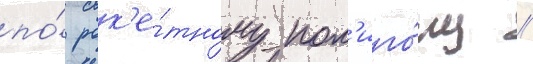
по́ рак'е́тному пол'иго́ну //